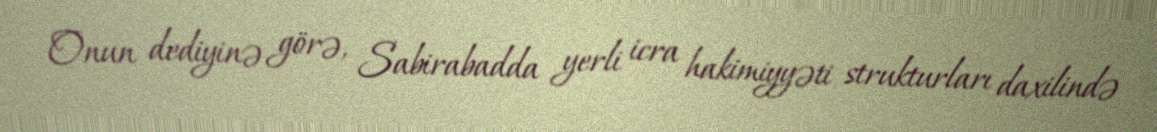
Onun dediyinə görə, Sabirabadda yerli icra hakimiyyəti strukturları daxilində